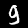
Label: 9